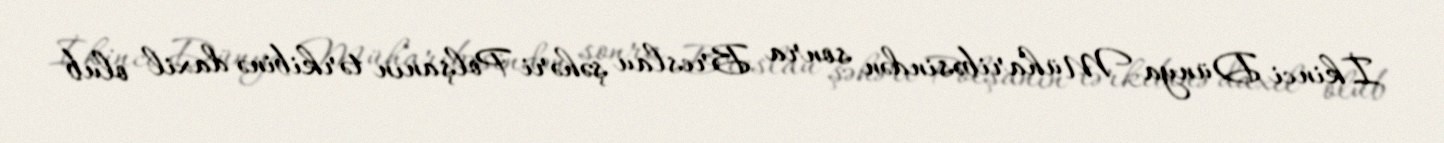
İkinci Dünya Müharibəsindən sonra Breslau şəhəri Polşanın tərkibinə daxil olub